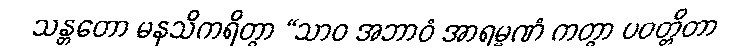
သန္တတော မနသိကရိတွာ “သာဝ အဘာဝံ အာရမ္မဏံ ကတွာ ပဝတ္တိတာ